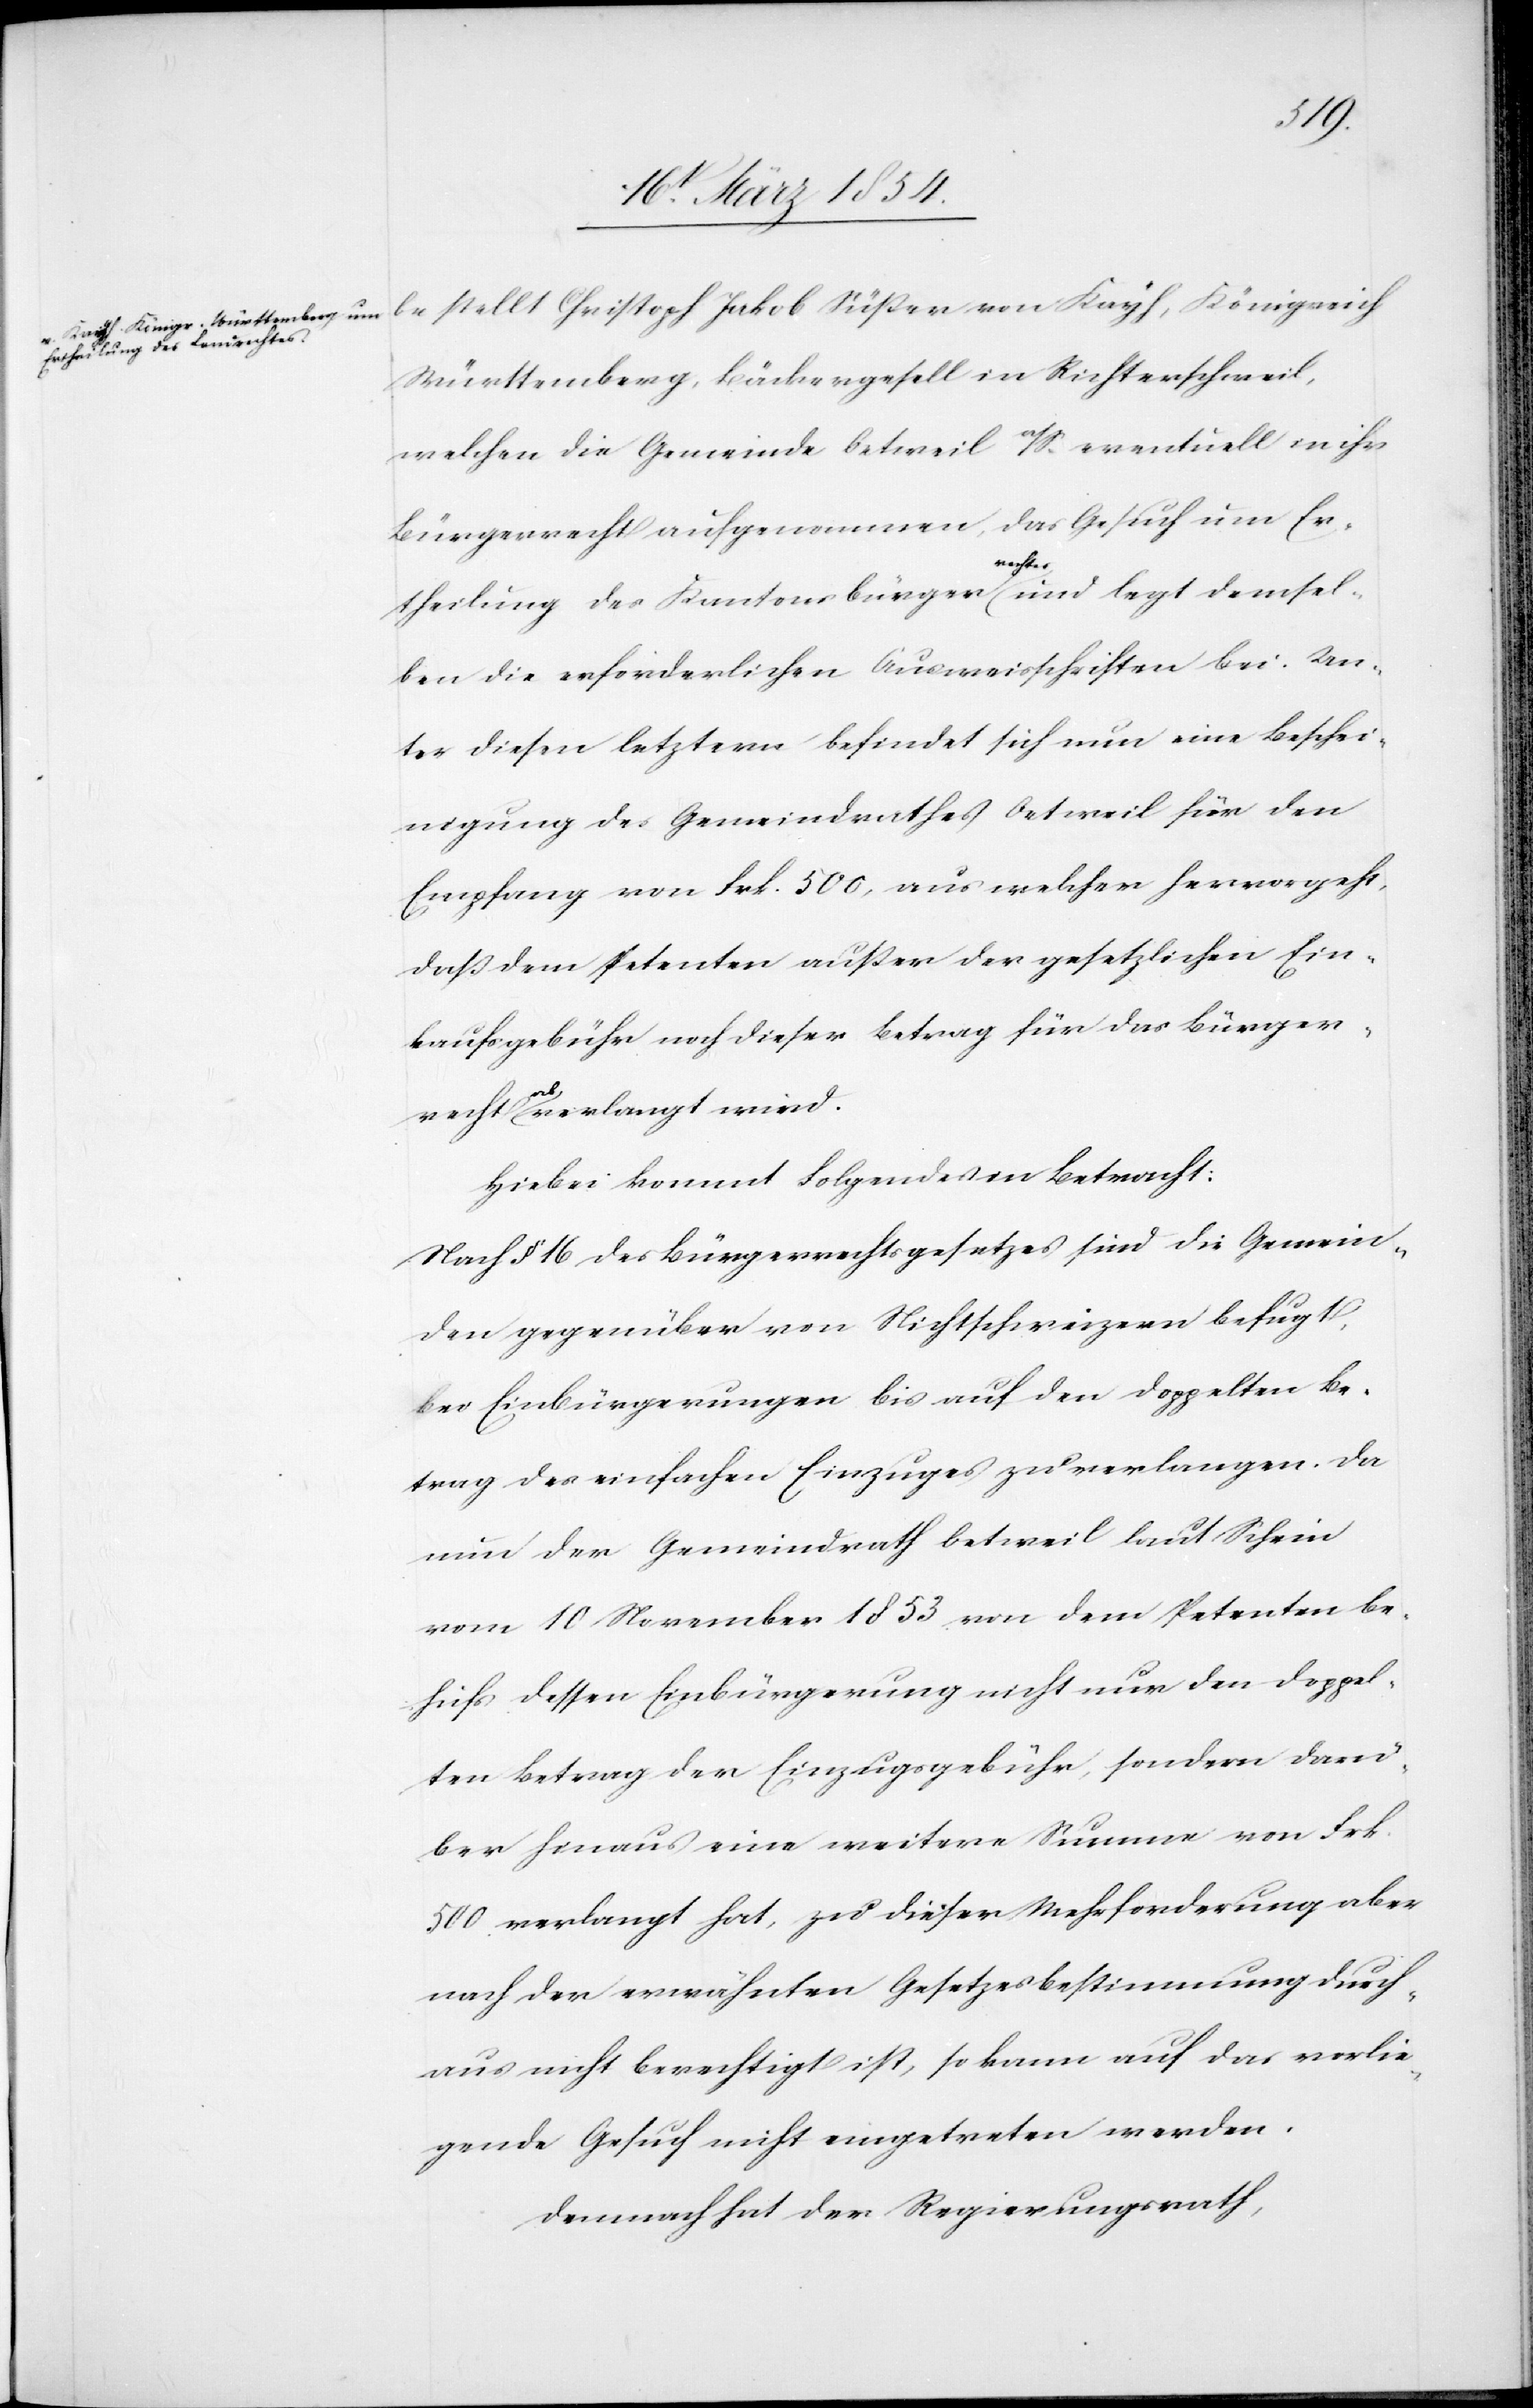
Württemberg, Bäckergesell in Richterschweil,
welchen die Gemeinde Oetweil a/S. eventuell in ihr
Bürgerrecht aufgenommen, das Gesuch um Er¬
recht
theilung des Kantonsbürgera-rechtes-a und legt demsel¬
ben die erforderlichen Ausweisschriften bei. Un¬
ter diesen letztern befindet sich nun eine Beschei¬
nigung des Gemeindrathes Oetweil für den
Empfang von Frk. 500, aus welcher hervorgeht,
daß dem Petenten außer der gesetzlichen Ein¬
kaufsgebühr noch dieser Betrag für das Bürger¬
Hiebei kommt Folgendes in Betracht:
Nach § 16 des Bürgerrechtsgesetzes sind die Gemein¬
den gegenüber von Nichtschweizern befugt,
bei Einbürgerungen bis auf den doppelten Be¬
trag des einfachen Einzuges zu verlangen. Da
nun der Gemeindrath Oetweil laut Schein
vom 10 November 1853 von dem Petenten be¬
hufs dessen Einbürgerung nicht nur den doppel¬
ten Betrag der Einzugsgebühr, sondern darü¬
ber hinaus eine weitere Summe von Frk.
500. verlangt hat, zu dieser Mehrforderung aber
nach der erwähnten Gesetzesbestimmung durch¬
aus nicht berechtigt ist, so kann auf das vorlie¬
gende Gesuch nicht eingetreten werden.
Demnach hat der Regierungsrath,